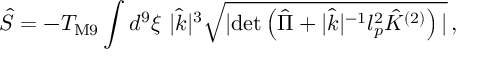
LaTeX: { \hat { S } } = - T _ { \mathrm { M 9 } } \int d ^ { 9 } \xi \, \, | { \hat { k } } | ^ { 3 } \sqrt { | \mathrm { d e t } \left( { \hat { \Pi } } + | { \hat { k } } | ^ { - 1 } l _ { p } ^ { 2 } { \hat { \cal K } } ^ { ( 2 ) } \right) | } \, , \,